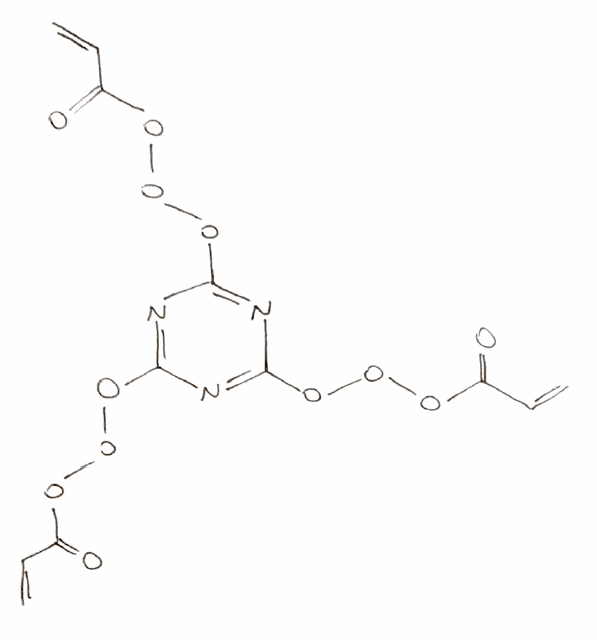
Simplified molecular-input line-entry system (SMILES) notation of the given molecule:
C=CC(=O)OOOC1=NC(=NC(=N1)OOOC(=O)C=C)OOOC(=O)C=C